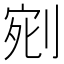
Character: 𭃰